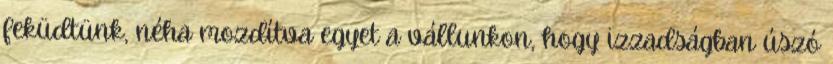
feküdtünk, néha mozdítva egyet a vállunkon, hogy izzadságban úszó